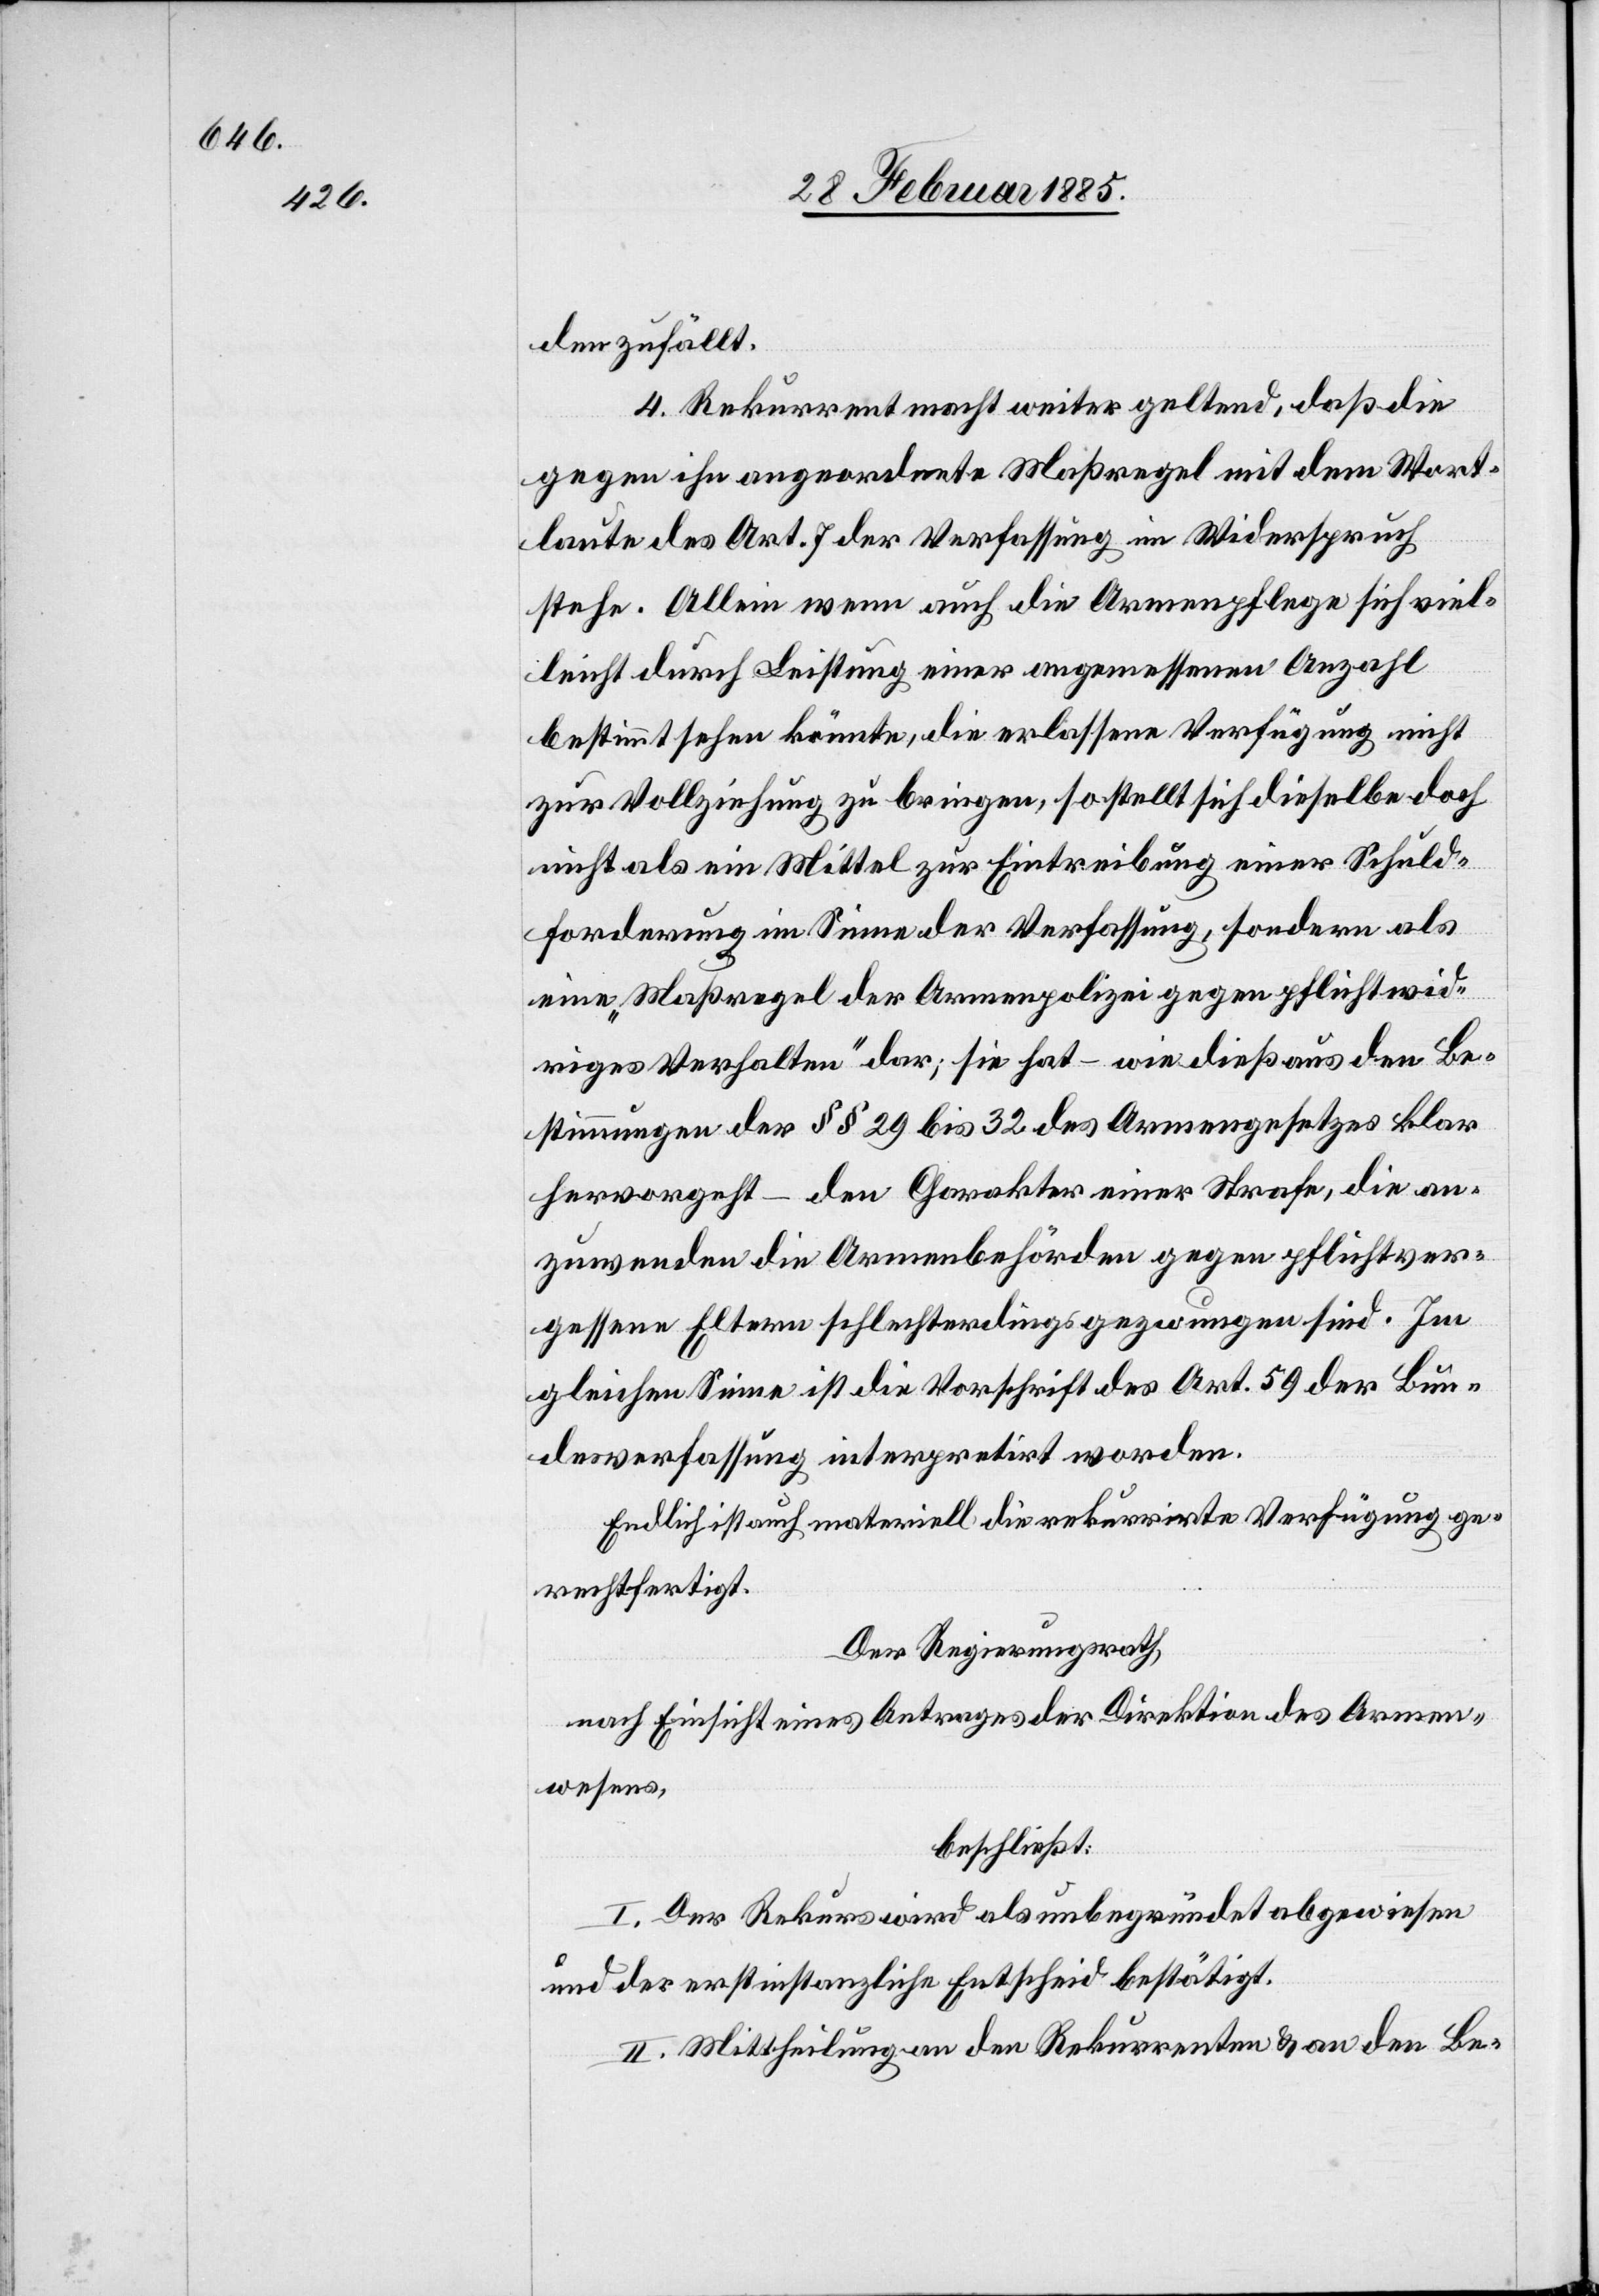
den zufällt.
4. Rekurrent macht weiter geltend, daß die
gegen ihn angeordnete Maßregel mit dem Wort¬
laute des Art. 7 der Verfassung im Widerspruch
stehe. Allein wenn auch die Armenpflege sich viel¬
leicht durch Leistung einer angemessenen Anzahl
bestimmt sehen könnte, die erlassene Verfügung nicht
zur Vollziehung zu bringen, so stellt sich dieselbe doch
nicht als ein Mittel zur Eintreibung einer Schuld¬
forderung im Sinne der Verfassung, sondern als
eine „Maßregel der Armenpolizei gegen pflichtwid¬
riges Verhalten“ dar; sie hat – wie dieß aus den Be¬
stimmungen der §§ 29 bis 32 des Armengesetzes klar
hervorgeht – den Charakter einer Strafe, die an¬
zuwenden die Armendbehörden gegen pflichtver¬
gessene Eltern schlechterdings gezwungen sind. Im
gleichen Sinne ist die Vorschrift des Art. 59 der Bun¬
desverfassung interpretirt worden.
Endlich ist auch materiell die rekurrirte Verfügung ge¬
rechtfertigt.
Der Regierungsrath,
nach Einsicht eines Antrages der Direktion des Armen¬
wesens,
beschließt:
I. Der Rekurs wird als unbegründet abgewiesen
und der erstinstanzliche Entscheid bestätigt.
II. Mittheilung an den Rekurrenten & an den Be-